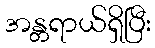
အန္တရာယ်ရှိပြီး